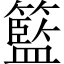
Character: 籃